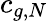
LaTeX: c_{g,N}